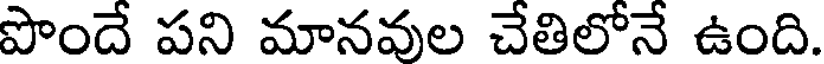
పొందే పని మానవుల చేతిలోనే ఉంది.